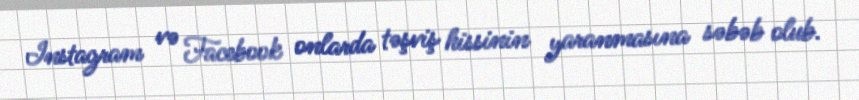
Instagram və Facebook onlarda təşviş hissinin yaranmasına səbəb olub.